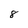
Character: 8